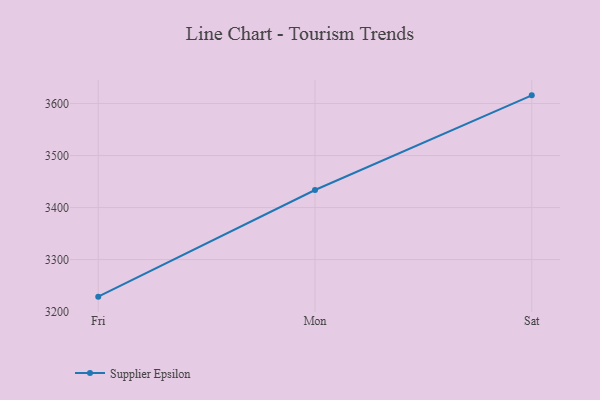
{"axis": {"x": "Day", "y": "Website Visitors"}, "legend": ["Supplier Epsilon"], "data": [{"x": "Fri", "y": 3228.6, "type": "Supplier Epsilon"}, {"x": "Mon", "y": 3433.7, "type": "Supplier Epsilon"}, {"x": "Sat", "y": 3615.7, "type": "Supplier Epsilon"}]}